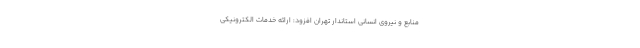
منابع و نیروی انسانی استاندار تهران افزود: ارائه خدمات الکترونیکی